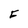
Character: F